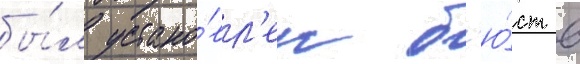
бы́л устано́вл'ен б'ю́ст в